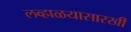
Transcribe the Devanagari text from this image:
लव्हाळयासारखी